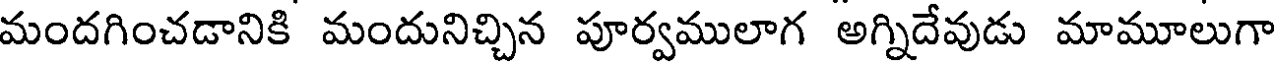
మందగించడానికి మందునిచ్చిన పూర్వములాగ అగ్నిదేవుడు మామూలుగా